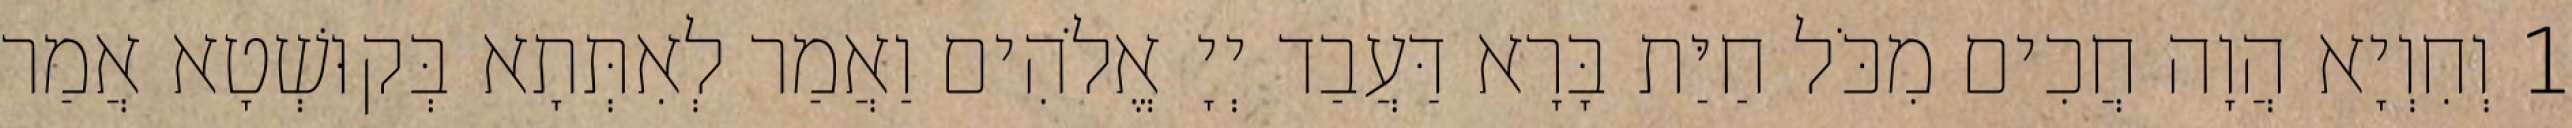
1 וְחִוְיָא הֲוָה חֲכִים מִכֹּל חַיַּת בָּרָא דַּעֲבַד יְיָ אֱלֹהִים וַאֲמַר לְאִתְּתָא בְּקוּשְׁטָא אֲמַר